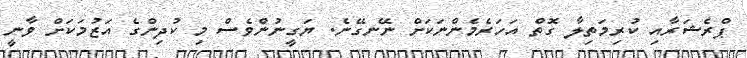
ޕްރެޝަރާއި ކުރިމަތިލާ ގޮތް އަހަރެމެންނަކަށް ނޭނގޭނެ. ޔަގީނުންވެސް މި ކުދިންގެ އަޒުމަކަށް ވާނީ